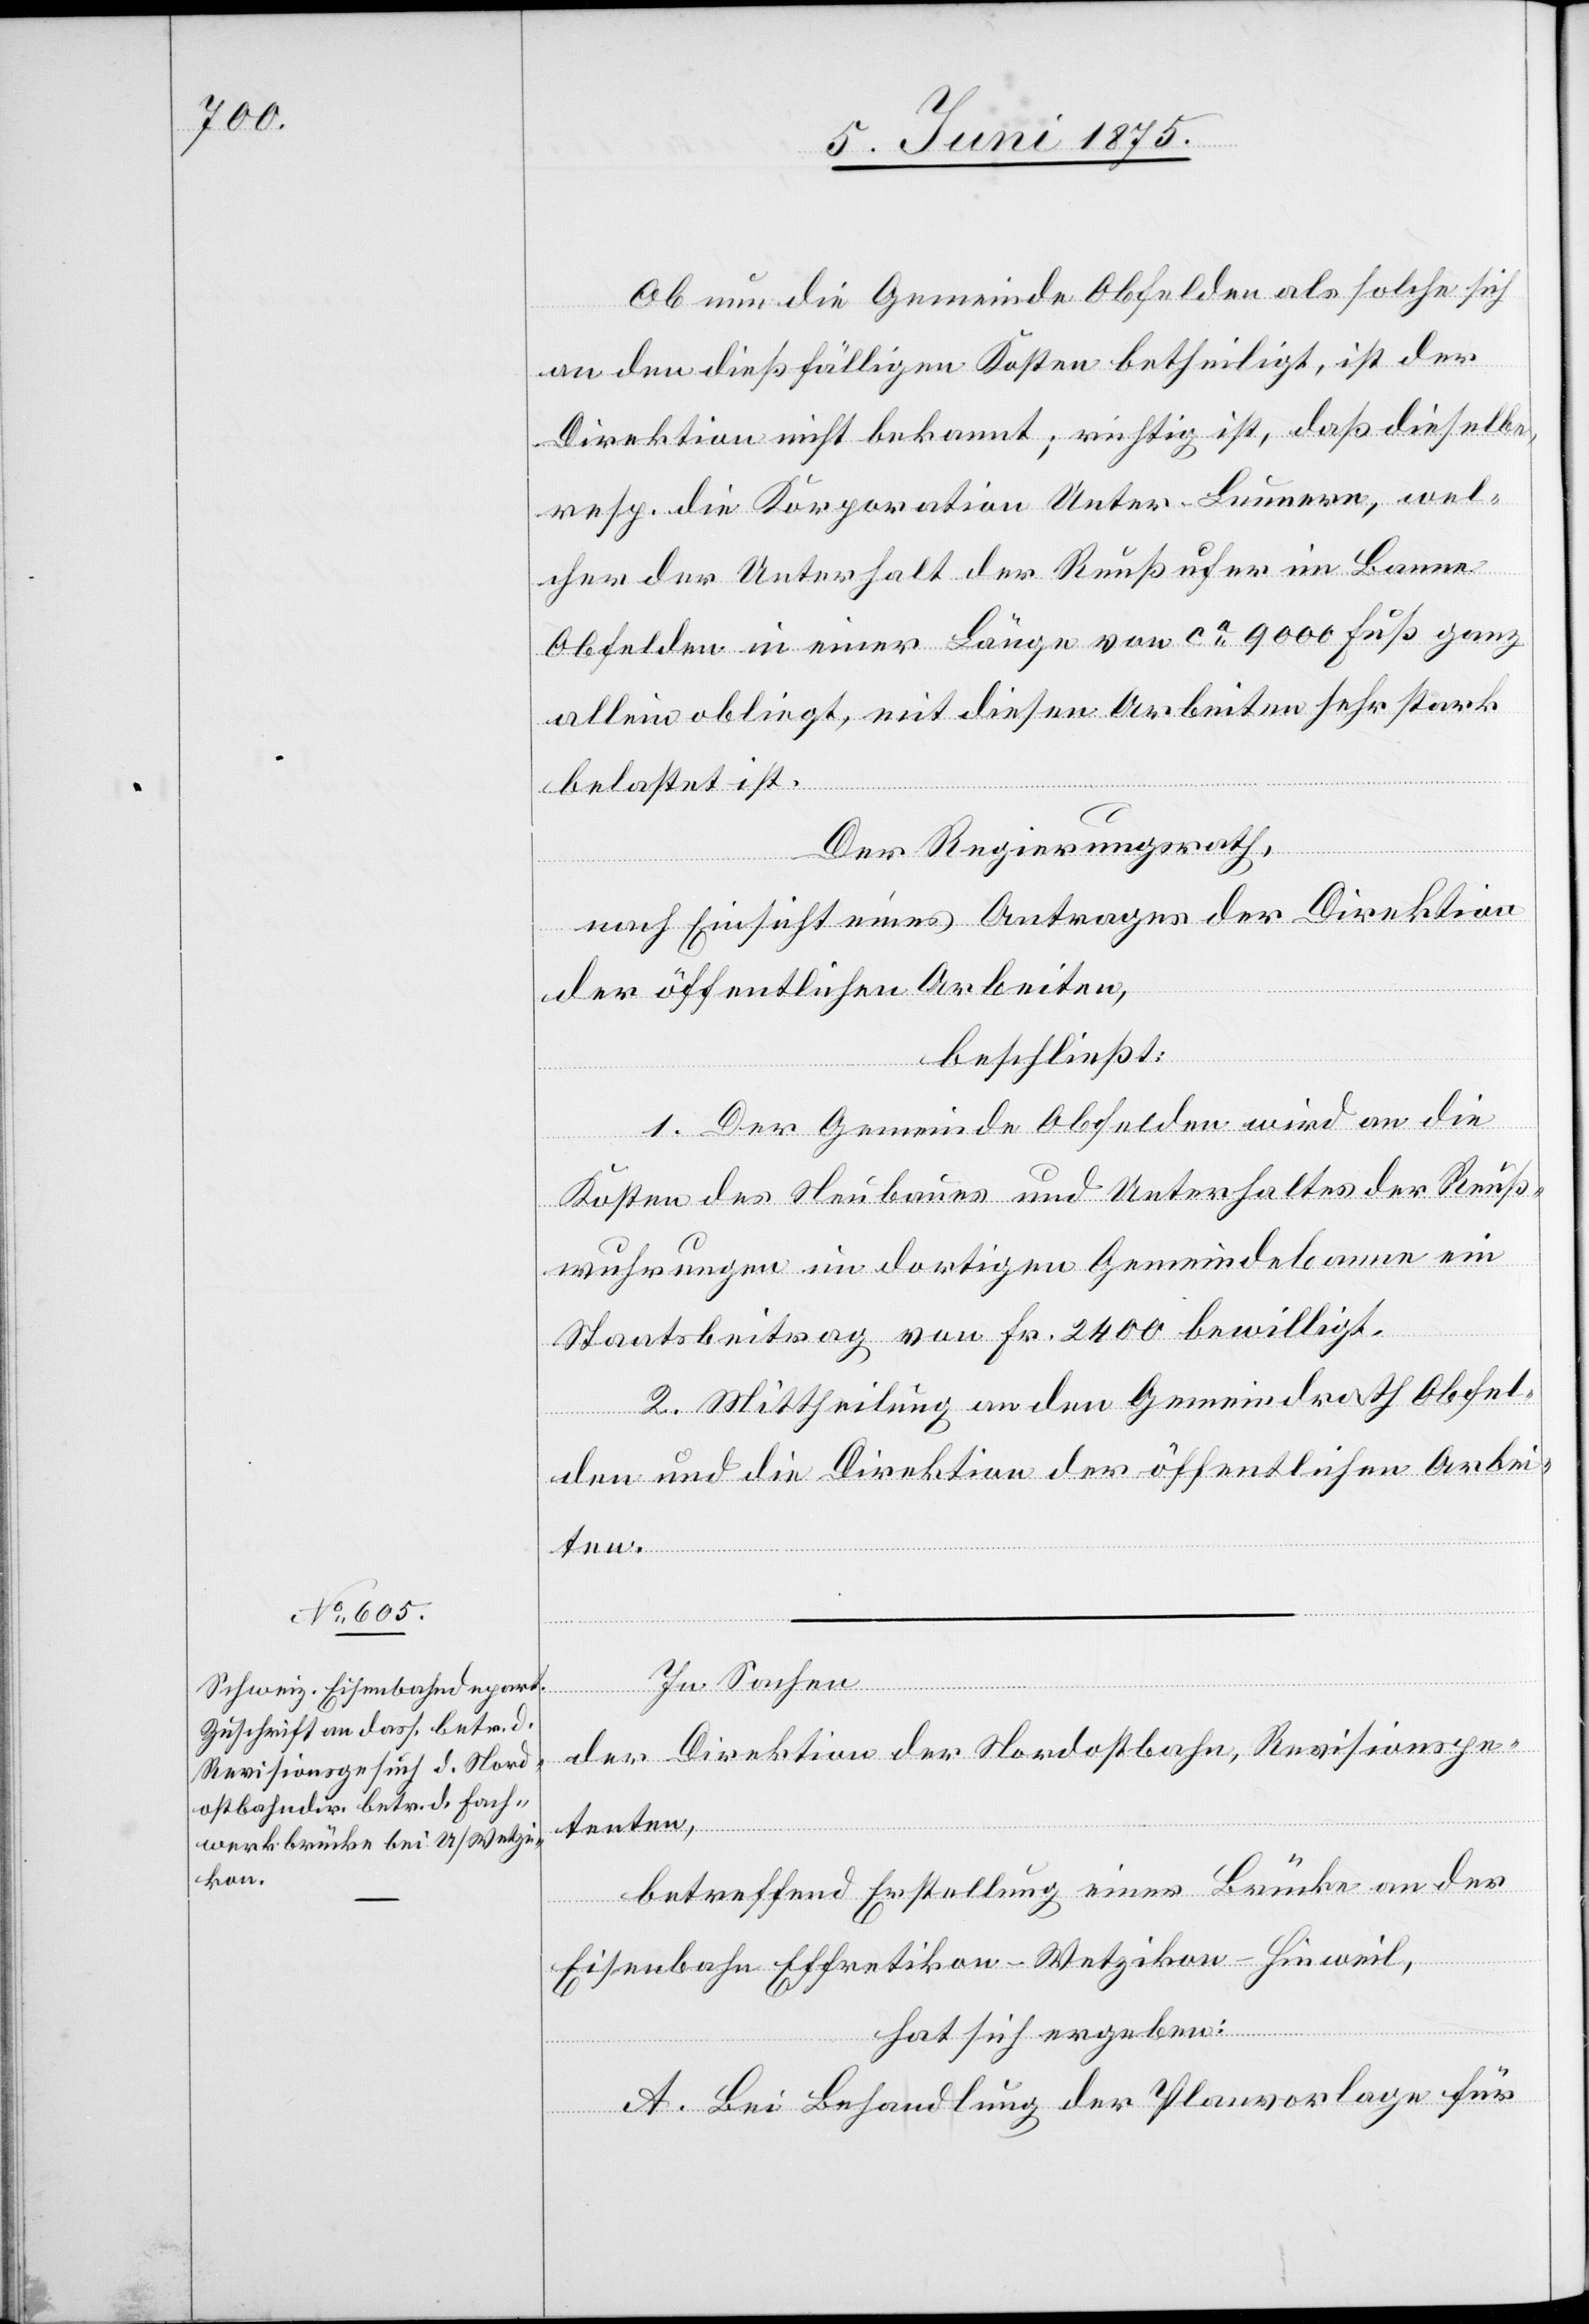
Ob nun due Gemeinde Obfelden als solche sich
an den dießfälligen Kosten betheiligt, ist der
Direktion nicht bekannt, richtig ist, daß dieselbe,
resp. die Korporation Unter-Bumern, wel¬
cher der Unterhalt der Reußufer im Banne
Obfelden in einer Länge von ca 9000 Fuß ganz
allein obliegt, mit diesen Arbeiten sehr stark
belastet ist.
Der Regierungsrath,
nach Einsicht eines Antrages der Direktion
der öffentlichen Arbeiten,
beschließt:
1. Der Gemeinde Obfelden wird an die
Kosten des Neubaues und Unterhaltes der Reuß¬
wuhrungen im dortigen Gemeindebanne ein
Staatsbeitrag von Fr. 2400 bewilligt.
2. Mittheilung an den Gemeindrath Obfel¬
den und die Direktion der öffentlichen Arbei¬
ten.
In Sachen
der Direktion der Nordostbahn, Revisionspe¬
tenten,
betreffend Erstellung einer Brücke an der
Eisenbahn Effretikon–Wetzikon–Hinweil,
hat sich ergeben:
A. Bei Behandlung der Planvorlage für